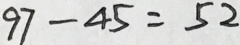
9 7 - 4 5 = 5 2